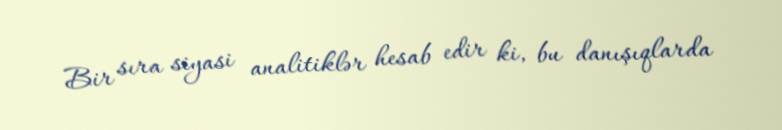
Bir sıra siyasi analitiklər hesab edir ki, bu danışıqlarda